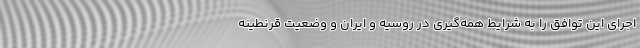
اجرای این توافق را به شرایط همه‌گیری در روسیه و ایران و وضعیت قرنطینه